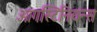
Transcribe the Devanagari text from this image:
आगस्टिनियन्स